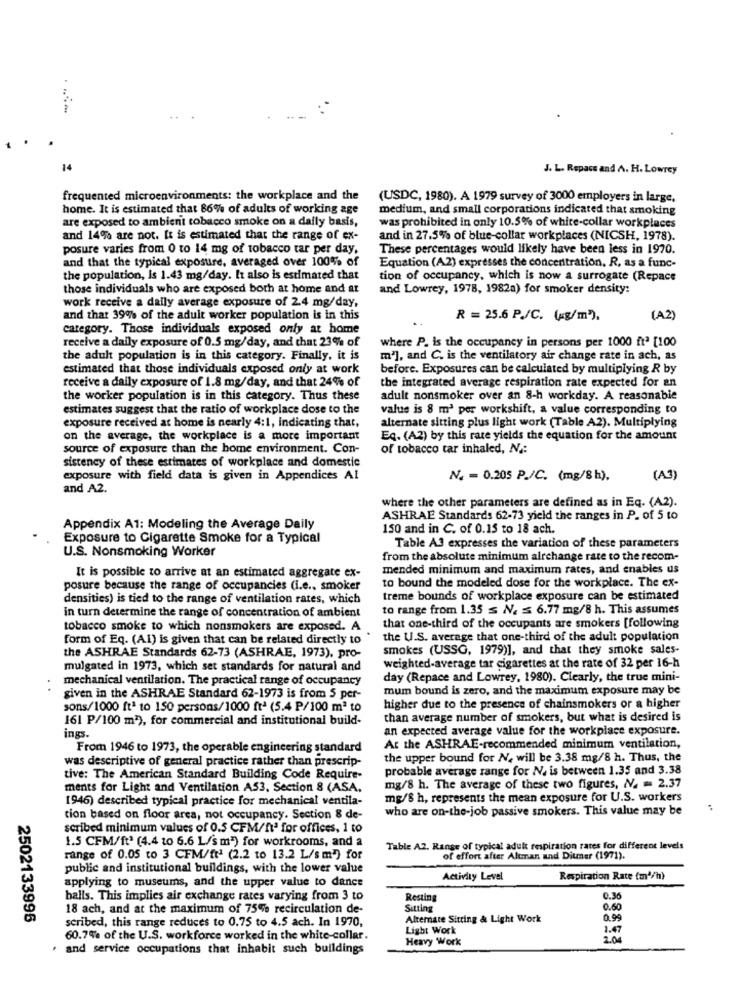
. .....
14
J. L. Repacs and A. H. Lowrey
frequented microenvironments: the workplace and the
(USDC, 1980). A 1979 survey of 3000 employers in large,
home. It is estimated that 86% of adults of working age
medium, and small corporations indicated that smoking
are exposed to ambient tobacco smoke on a daily basis,
was prohibited in only 10.5% of white-collar workplaces
and 14% are not. It is estimated that the range of ex-
and in 27.5% of blue-collar workplaces (NICSH, 1978).
posure varies from 0 to 14 mg of tobacco tar per day,
These percentages would likely have been less in 1970.
and that the typical exposure, averaged over 100% of
Equation (A2) expresses the concentration. R, as a func-
the population, Is 1.43 mg/day. It also is estimated that
tion of occupancy, which is now a surrogate (Repace
those individuals who are exposed both at home and at
and Lowrey, 1978, 1982a) for smoker density:
work receive a daily average exposure of 2.4 mg/day,
and that 39% of the adult worker population is in this
R = 25.6 P./C. (kg/m").
(A2)
category. Those individuals exposed only at home
receive a daily exposure of 0.5 mg/day, and that 23% of
where P. is the occupancy in persons per 1000 ftª [100
the adult population is in this category. Finally, it is
m2], and C. is the ventilatory air change rate in ach, as
estimated that those individuals exposed only at work
before. Exposures can be calculated by multiplying R by
receive a daily exposure of 1.8 mg/day, and that 24% of
the integrated average respiration rate expected for an
the worker population is in this category. Thus these
adult nonsmoker over an 8-h workday. A reasonable
estimates suggest that the ratio of workplace dose to the
value is 8 m3 per workshift, a value corresponding to
exposure received at home is nearly 4:1, indicating that,
alternate sitting plus light work (Table A2). Multiplying
on the average, the workplace is a more important
Eq. (A2) by this rate yields the equation for the amount
source of exposure than the home environment. Con-
of tobacco tar inhaled, N .:
sistency of these estimates of workplace and domestic
exposure with field data is given in Appendices Al
N. = 0.205 P./C. (mg/8 h).
(A3)
and A2.
where the other parameters are defined as in Eq. (A2).
ASHRAE Standards 62-73 yield the ranges in P. of 5 to
Appendix A1: Modeling the Average Daily
150 and in C. of 0.15 to 18 ach.
Exposure to Cigarette Smoke for a Typical
U.S. Nonsmoking Worker
Table A3 expresses the variation of these parameters
from the absolute minimum airchange rate to the recom-
It is possible to arrive at an estimated aggregate ex-
mended minimum and maximum rates, and enables us
posure because the range of occupancies (i.e ., smoker
to bound the modeled dose for the workplace. The ex-
densities) is tied to the range of ventilation rates, which
treme bounds of workplace exposure can be estimated
in turn determine the range of concentration of ambient
to range from 1.35 ≤ N. ≤ 6.77 mg/8 h. This assumes
tobacco smoke to which nonsmokers are exposed. A
that one-third of the occupants are smokers [following
form of Eq. (Al) is given that can be related directly to
the U.S. average that one-third of the adult population
the ASHRAE Standards 62-73 (ASHRAE, 1973), pro-
smokes (USSG, 1979)], and that they smoke sales-
mulgated in 1973, which set standards for natural and
weighted-average tar cigarettes at the rate of 32 per 16-h
mechanical ventilation. The practical range of occupancy
day (Repace and Lowrey, 1980). Clearly, the true mini-
mum bound is zero, and the maximum exposure may be
given in the ASHRAE Standard 62-1973 is from 5 per-
sons/1000 ft1 to 150 persons/1000 ft2 (5.4 P/100 m2 to
higher due to the presence of chainsmokers or a higher
161 P/100 m2), for commercial and institutional build-
than average number of smokers, but what is desired is
ings.
an expected average value for the workplace exposure.
From 1946 to 1973, the operable engineering standard
At the ASHRAE-recommended minimum ventilation,
was descriptive of general practice rather than prescrip-
the upper bound for N. will be 3.38 mg/8 h. Thus, the
probable average range for NV, is between 1.35 and 3.38
tive: The American Standard Building Code Require-
ments for Light and Ventilation AS3, Section 8 (ASA.
mg/8 h. The average of these two figures, NV. = 2.37
1946) described typical practice for mechanical ventila-
mg/8 h, represents the mean exposure for U.S. workers
who are on-the-job passive smokers. This value may be
tion based on floor area, not occupancy. Section 8 de-
scribed minimum values of 0.5 CFM/f1ª for offices, 1 to
1.5 CFM/ft3 (4.4 to 6.6 L/sm") for workrooms, and a
Table A2. Range of typical adult respiration rares for different levels
range of 0.05 to 3 CFM/fra (2.2 to 13.2 L/sm2) for
of effort after Altman and Ditmer (1971).
public and institutional buildings, with the lower value
Activity Level
Respiration Rate (m3/h)
applying to museums, and the upper value to dance
balls. This implies air exchange rates varying from 3 to
Resting
0.36
18 ach, and at the maximum of 75% recirculation de-
Sitting
0.60
2502133996
scribed, this range reduces to 0.75 to 4.5 ach. In 1970,
Alternate Sitting & Light Work
0.99
Light Work
1.47
60.7% of the U.S. workforce worked in the white-collar.
Heavy Work
2.0
. and service occupations that inhabit such buildings